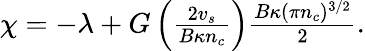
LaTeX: \begin{array}{r}{\chi=-\lambda+G\left(\frac{2v_{s}}{B\kappa n_{c}}\right)\frac{B\kappa(\pi n_{c})^{3/2}}{2}.}\end{array}